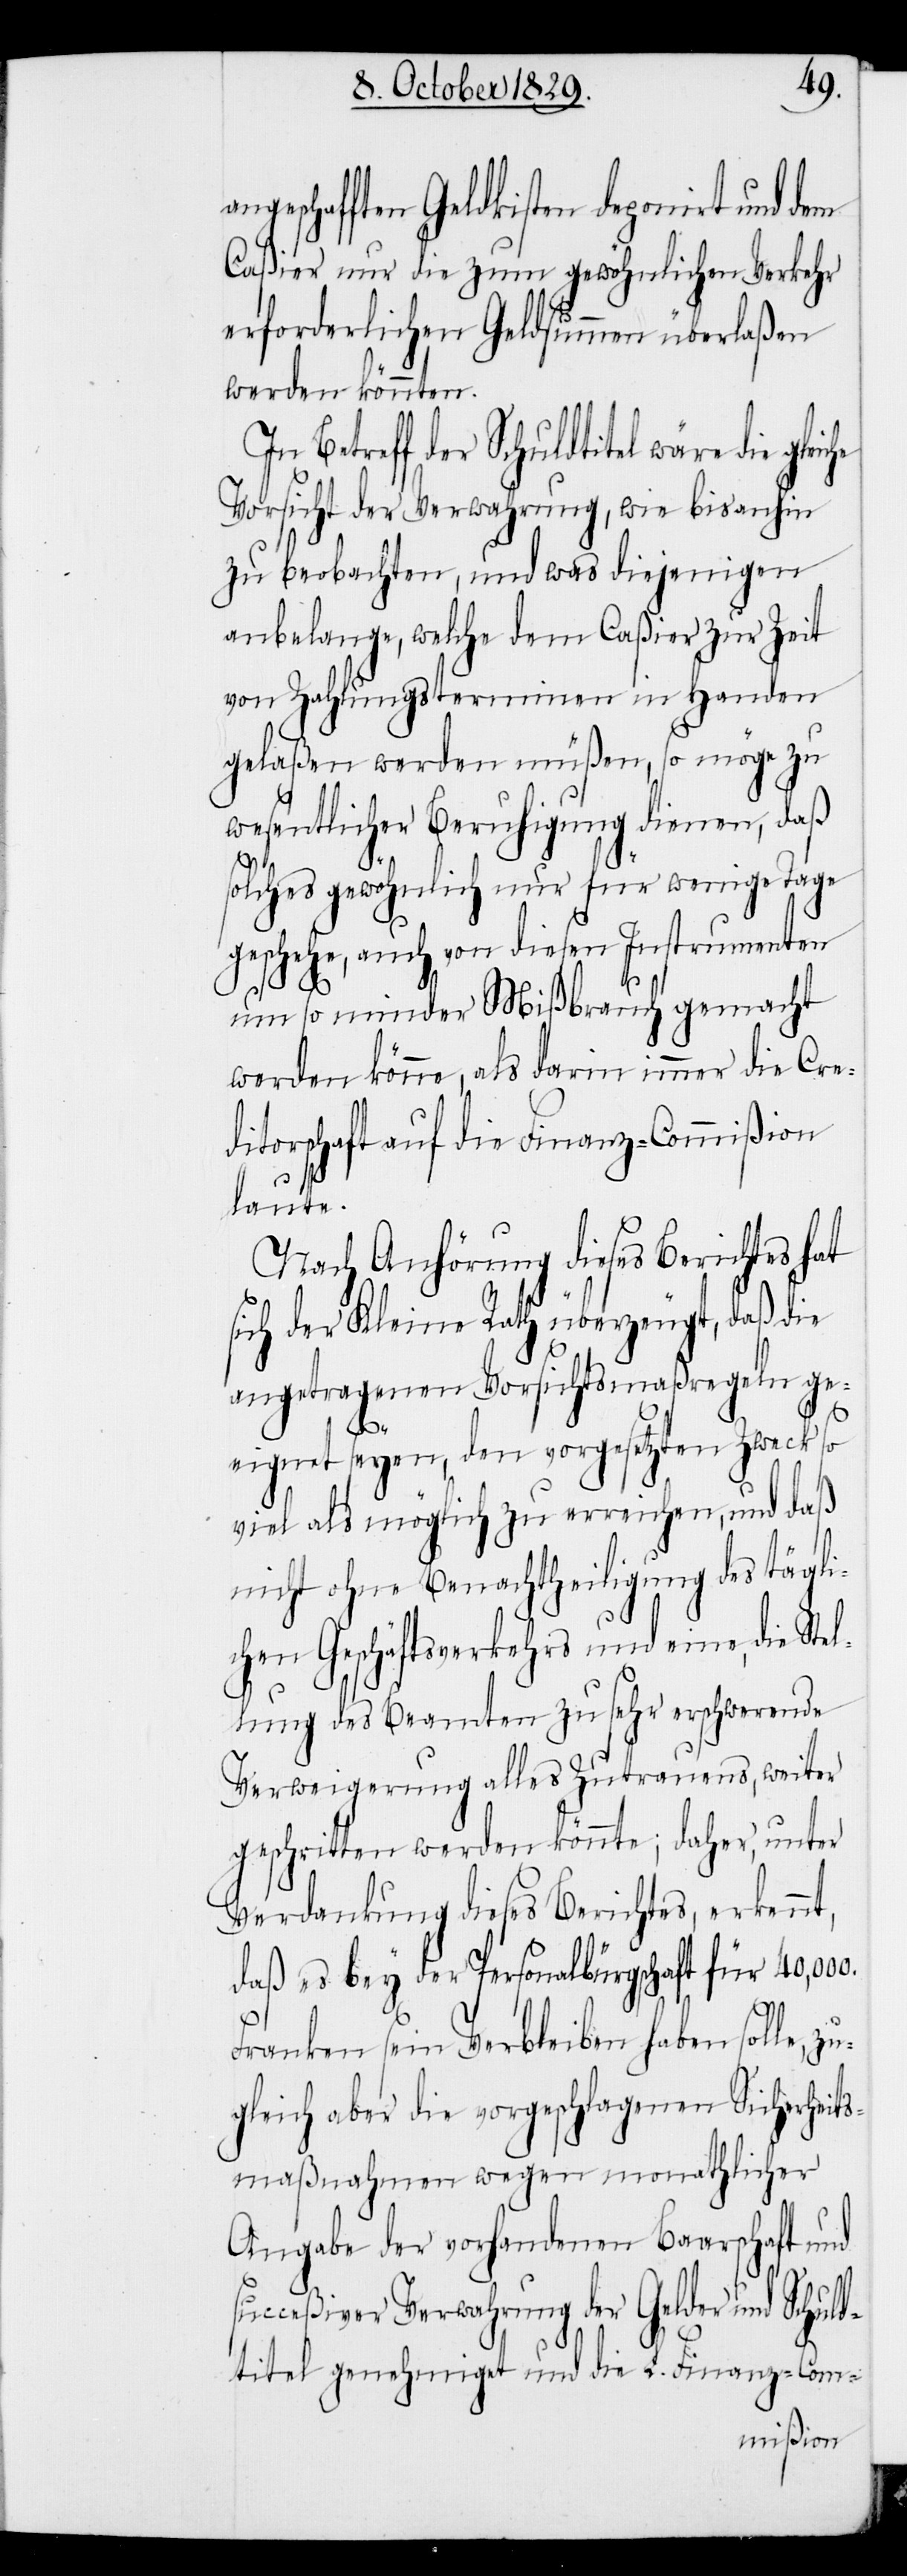
eschafften Geldkisten deponirt und dem
Caßier nur die zum gewöhnlichen Verkehr
erforderlichen Geldsummen überlaßen
werden könnten.
In Betreff der Schuldtitel wäre die gle¬
Vorsicht der Verwahrung, wie bisanhin
zu beobachten, und was diejenigen
anbelange, welche dem Caßier zur Zeit
von Zahlungsterminen in Handen
gelaßen werden müßen, so möge zu
wesentlicher Beruhigung dienen, daß
solches gewöhnlich nur für wenige Tage
geschehe, auch von diesen Instrumenten
um so minder Mißbrauch gemacht
werden könne, als darin immer die Cre¬
ditorschaft auf die Finanz-Commißion
laute.
Nach Anhörung dieses Berichtes hat
sich der Kleine Rath überzeugt, daß die
angetragenen Vorsichtsmaßregeln ge¬
eignet seyen, den vorgesetzten Zweck so
viel als möglich zu erreichen, und daß
nicht ohne Benachtheiligung des tägli¬
chen Geschäftsverkehrs und eine, die Ste¬
llung des Beamten zu sehr erschwerende
Verweigerung alles Zutrauens, weiter
geschritten werden könnte; daher, unter
Verdankung dieses Berichtes, erkennt,
daß es bey der Personalbürgschaft für
iche
Franken sein Verbleiben haben solle, zu¬
gleich aber die vorgeschlagenen Sicherheits¬
maßnahmen wegen monatlicher
Angabe der vorhandenen Baarschaft und
succeßiver Verwahrung der Gelder und Schuld¬
titel genehmigt und die L. Finanz-Com-